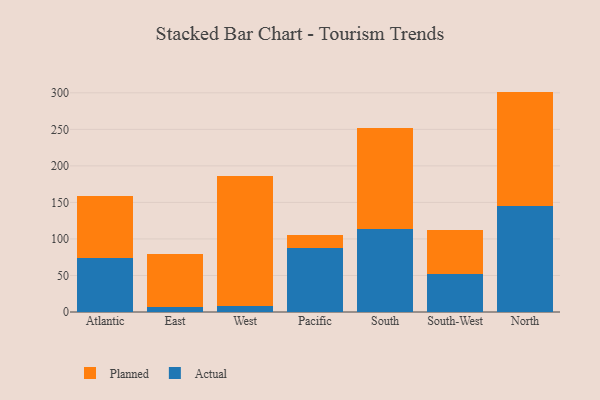
{"axis": {"x": "Region", "y": "Backlog"}, "legend": ["Actual", "Planned"], "data": [{"x": "Atlantic", "y": 73.3, "type": "Actual"}, {"x": "Atlantic", "y": 86.0, "type": "Planned"}, {"x": "East", "y": 7.3, "type": "Actual"}, {"x": "East", "y": 72.0, "type": "Planned"}, {"x": "West", "y": 7.7, "type": "Actual"}, {"x": "West", "y": 178.9, "type": "Planned"}, {"x": "Pacific", "y": 88.1, "type": "Actual"}, {"x": "Pacific", "y": 17.1, "type": "Planned"}, {"x": "South", "y": 113.0, "type": "Actual"}, {"x": "South", "y": 138.3, "type": "Planned"}, {"x": "South-West", "y": 51.6, "type": "Actual"}, {"x": "South-West", "y": 60.0, "type": "Planned"}, {"x": "North", "y": 144.7, "type": "Actual"}, {"x": "North", "y": 157.0, "type": "Planned"}]}